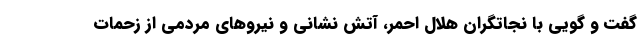
گفت و گویی با نجاتگران هلال احمر، آتش نشانی و نیروهای مردمی از زحمات